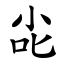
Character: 㕾